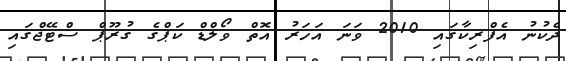
ދެކުނު އެފްރިކާގައި 2010 ވަނަ އަހަރު އޮތް ވޯލްޑް ކަޕްގެ ގުރޫޕް ސްޓޭޖްގައި